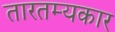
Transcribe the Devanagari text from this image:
तारतम्यकार